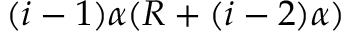
( i - 1 ) \alpha ( R + ( i - 2 ) \alpha )